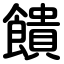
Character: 饋